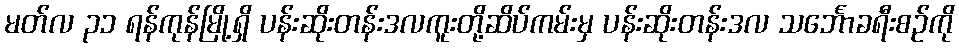
မတ်လ ၃၁ ရန်ကုန်မြို့ရှိ ပန်းဆိုးတန်းဒလကူးတို့ဆိပ်ကမ်းမှ ပန်းဆိုးတန်းဒလ သင်္ဘောခရီးစဉ်ကို